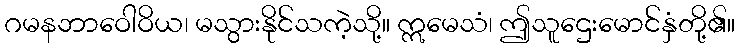
ဂမနဘာဝေါဝိယ၊ မသွားနိုင်သကဲ့သို့။ ဣမေသံ၊ ဤသူဌေးမောင်နှံတို့၏။